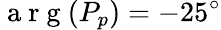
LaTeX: \mathrm{~a~r~g~}(P_{p})=-25^{\circ}